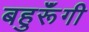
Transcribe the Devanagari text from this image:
बहुरूॅंगी